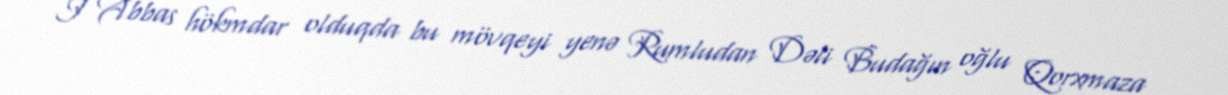
I Abbas hökmdar olduqda bu mövqeyi yenə Rumludan Dəli Budağın oğlu Qorxmaza